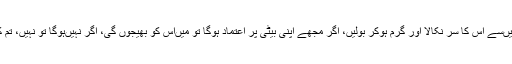
میری امی کو غصہ آیا، انہوں‌نے گود میں‌سے اس کا سر نکالا اور گرم ہوکر بولیں‌، اگر مجھے اپنی بیٹی پر اعتماد ہوگا تو میں‌اس کو بھیجوں گی، اگر نہیں‌ہوگا تو نہیں، تم کون ہوتے ہو اس پر نظر رکھنے والے؟